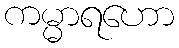
ကမ္မာရဟော